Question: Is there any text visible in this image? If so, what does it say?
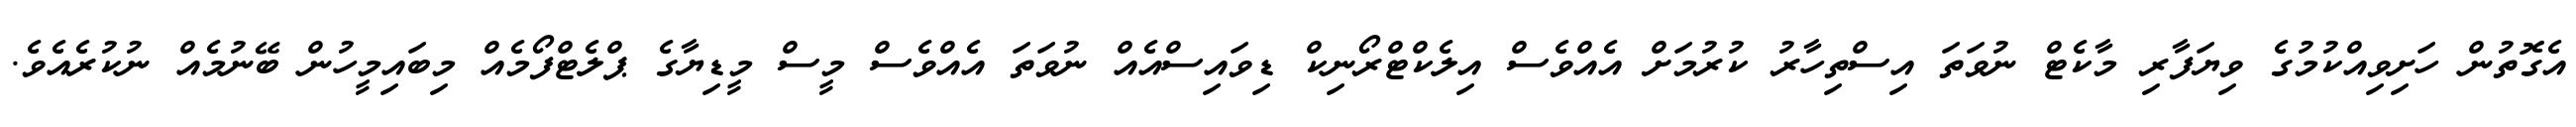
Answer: އެގޮތުން ހަށިވިއްކުމުގެ ވިޔަފާރި މާކެޓް ނުވަތަ އިސްތިހާރު ކުރުމަށް އެއްވެސް އިލެކްޓްރޯނިކް ޑިވައިސްއެއް ނުވަތަ އެއްވެސް މީސް މީޑިޔާގެ ޕްލެޓްފޯމެއް މިބައިމީހުން ބޭނުމެއް ނުކުރެއެވެ.